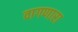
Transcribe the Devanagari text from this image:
वागणारा